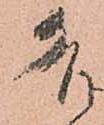
各